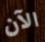
الآن